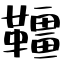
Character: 韁